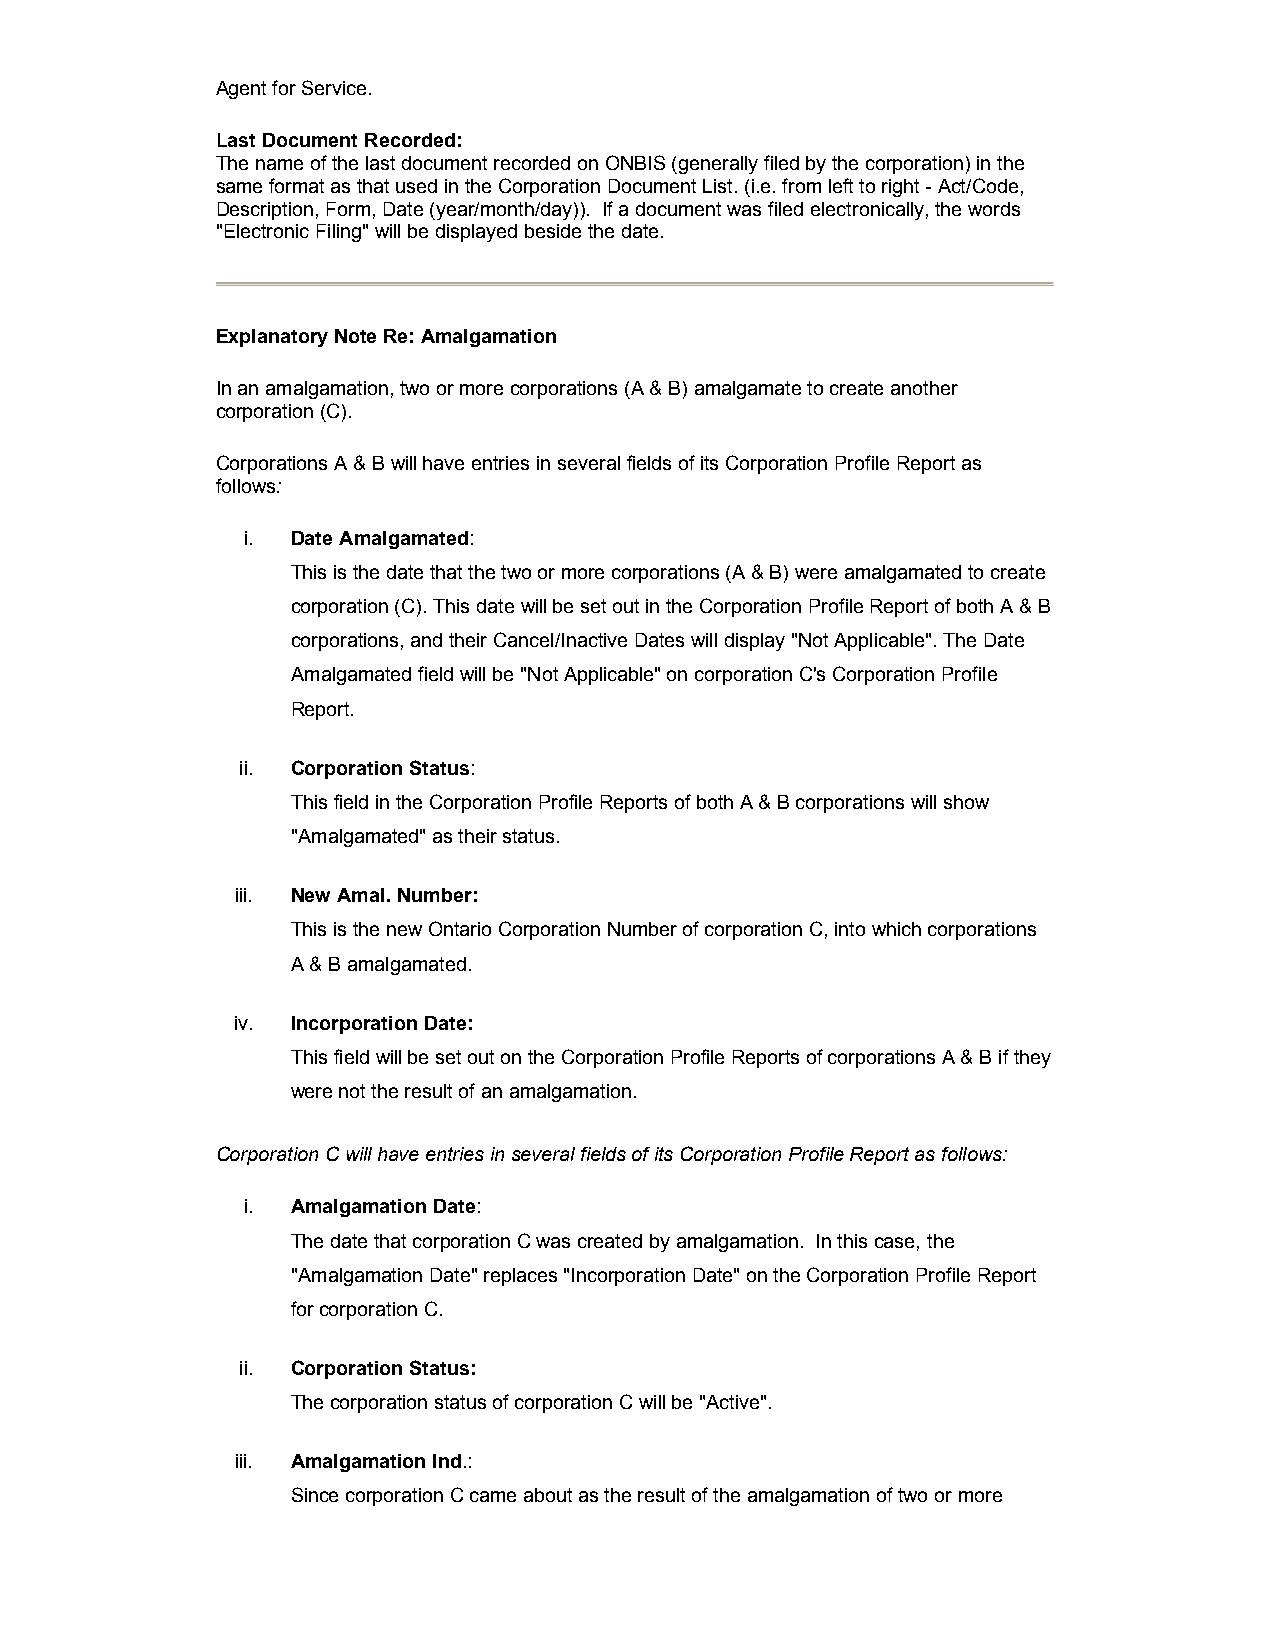
Agent for Service.
 Last Document Recorded:
 The name of the last document recorded on ONBIS (generally filed by the corporation) in the
 same format as that used in the Corporation Document List. (i.e. from left to right - Act/Code,
 Description, Form, Date (year/month/day)). If a document was filed electronically, the words
 "Electronic Filing" will be displayed beside the date.
 Explanatory Note Re: Amalgamation
 In an amalgamation, two or more corporations (A & B) amalgamate to create another
 corporation (C).
 Corporations A & B will have entries in several fields of its Corporation Profile Report as
 follows:
 i. Date Amalgamated:
 This is the date that the two or more corporations (A & B) were amalgamated to create
 corporation (C). This date will be set out in the Corporation Profile Report of both A & B
 corporations, and their Cancel/Inactive Dates will display "Not Applicable". The Date
 Amalgamated field will be "Not Applicable" on corporation C's Corporation Profile
 Report.
 ii. Corporation Status:
 This field in the Corporation Profile Reports of both A & B corporations will show
 "Amalgamated" as their status.
 iii. New Amal. Number:
 This is the new Ontario Corporation Number of corporation C, into which corporations
 A & B amalgamated.
 iv. Incorporation Date:
 This field will be set out on the Corporation Profile Reports of corporations A & B if they
 were not the result of an amalgamation.
 Corporation C will have entries in several fields of its Corporation Profile Report as follows:
 i. Amalgamation Date:
 The date that corporation C was created by amalgamation. In this case, the
 "Amalgamation Date" replaces "Incorporation Date" on the Corporation Profile Report
 for corporation C.
 ii. Corporation Status:
 The corporation status of corporation C will be "Active".
 iii. Amalgamation Ind.:
 Since corporation C came about as the result of the amalgamation of two or more